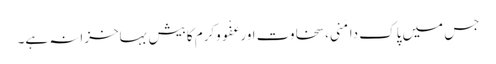
جس میں پاک دامَنی،سخاوت اورعَفْووکرَم کابیش بہاخزانہ ہے۔